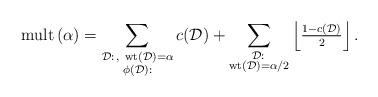
LaTeX: \begin{align*} \mathrm{mult}\, (\alpha) = \sum_{\substack{\mathcal D: \, , \ \mathrm{wt} (\mathcal D)=\alpha \\{\phi(\mathcal D): }}} c(\mathcal D) +\sum_{\substack{\mathcal D: \, \\ \mathrm{wt} (\mathcal D)=\alpha/2} } \left \lfloor \tfrac { 1-c(\mathcal D)} 2 \right \rfloor . \end{align*}